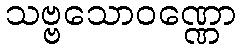
သဗ္ဗသောဝဏ္ဏော